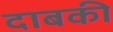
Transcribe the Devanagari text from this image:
दाबकी